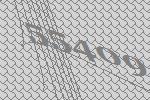
55409